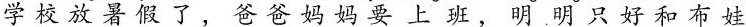
学校放暑假了，爸爸妈妈要上班，明明只好和布娃